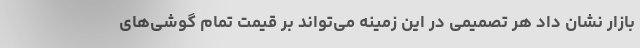
بازار نشان داد هر تصمیمی در این زمینه می‌تواند بر قیمت تمام گوشی‌های